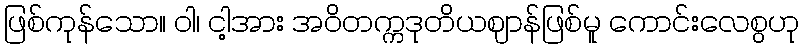
ဖြစ်ကုန်သော။ ဝါ၊ ငါ့အား အဝိတက္ကဒုတိယဈာန်ဖြစ်မူ ကောင်းလေစွဟု